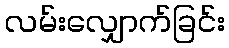
လမ်းလျှောက်ခြင်း